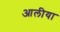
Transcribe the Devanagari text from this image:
आलीया